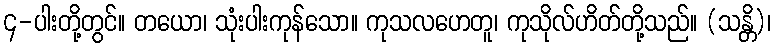
၄-ပါးတို့တွင်။ တယော၊ သုံးပါးကုန်သော။ ကုသလဟေတူ၊ ကုသိုလ်ဟိတ်တို့သည်။ (သန္တိ)၊